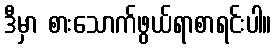
ဒီမှာ စားသောက်ဖွယ်ရာစာရင်းပါ။